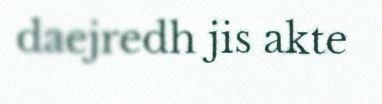
daejredh jis akte